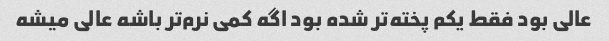
عالی بود فقط یکم پخته‌تر شده بود اگه کمی نرم‌تر باشه عالی میشه